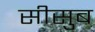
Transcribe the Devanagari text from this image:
सीसुब